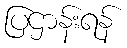
ပြဌာန်းရန်